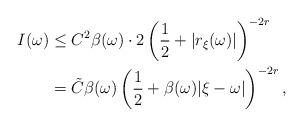
LaTeX: \begin{align*}I(\omega) & \leq C^{2} \beta(\omega) \cdot 2\left(\frac{1}{2} + | r_{\xi}(\omega) |\right)^{-2r} \\& = \tilde{C} \beta(\omega) \left( \frac{1}{2} + \beta(\omega) | \xi - \omega | \right)^{-2r},\end{align*}